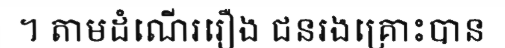
។ តាមដំណើររឿង ជនរងគ្រោះបាន